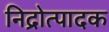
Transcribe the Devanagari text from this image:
निद्रोत्पादक